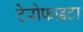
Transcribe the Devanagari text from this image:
टेरोफाइटा